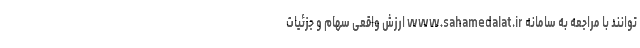
توانند با مراجعه به سامانه www.sahamedalat.ir ارزش واقعی سهام و جزئیات